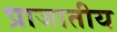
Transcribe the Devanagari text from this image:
प्राजातीय